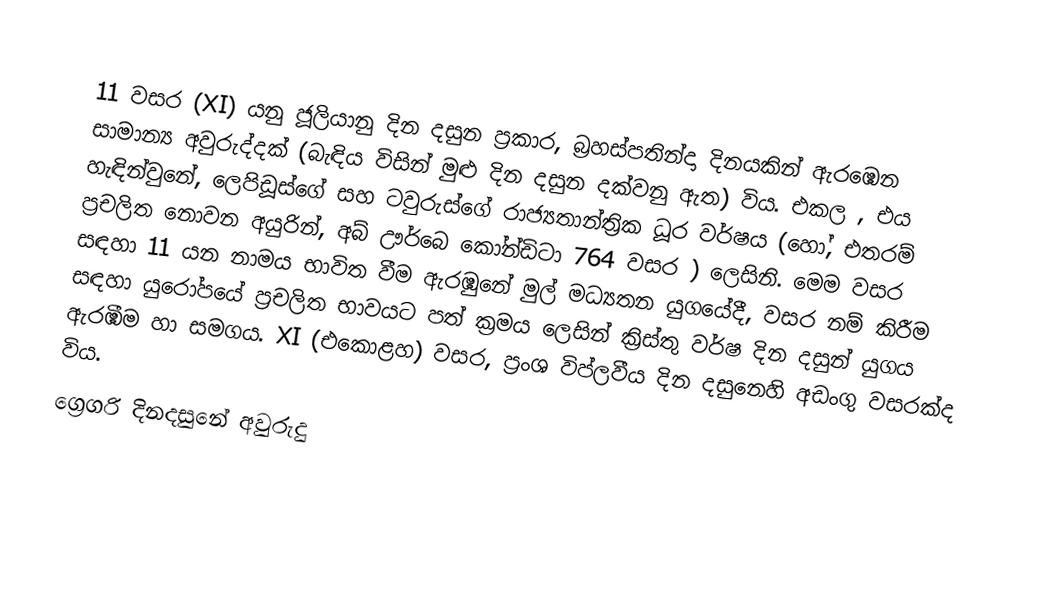

11 වසර (XI) යනු ජූලියානු දින දසුන ප්‍රකාර,   බ්‍රහස්පතින්දා දිනයකින් ඇරඹෙන සාමාන්‍ය අවුරුද්දක් (බැඳිය විසින් මුළු දින දසුන දක්වනු ඇත) විය. එකල ,  එය හැඳින්වුනේ, ලෙපිඩූස්ගේ සහ  ටවුරුස්ගේ රාජ්‍යතාන්ත්‍රික  ධූර වර්ෂය (හෝ, එතරම් ප්‍රචලිත නොවන අයුරින්,  අබ් ඌර්බෙ කෝන්ඩිටා 764 වසර  ) ලෙසිනි. මෙම වසර සඳහා 11 යන නාමය භාවිත වීම ඇරඹුනේ මුල් මධ්‍යතන යුගයේදී, වසර නම් කිරීම සඳහා යුරෝපයේ ප්‍රචලිත භාවයට පත් ක්‍රමය ලෙසින් ක්‍රිස්තු වර්ෂ දින දසුන් යුගය ඇරඹීම හා සමගය. XI (එකොළහ) වසර,  ප්‍රංශ විප්ලවීය දින දසුනෙහි අඩංගු වසරක්ද විය.
ග්‍රෙගරි දිනදසුනේ අවුරුදු